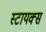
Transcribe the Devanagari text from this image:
स्टायक्स